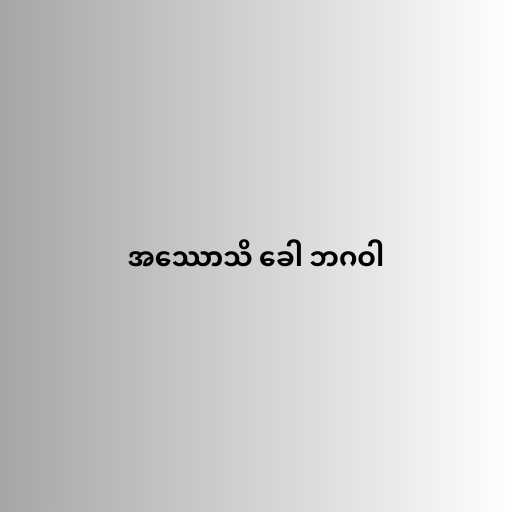
အဿောသိ ခေါ ဘဂဝါ